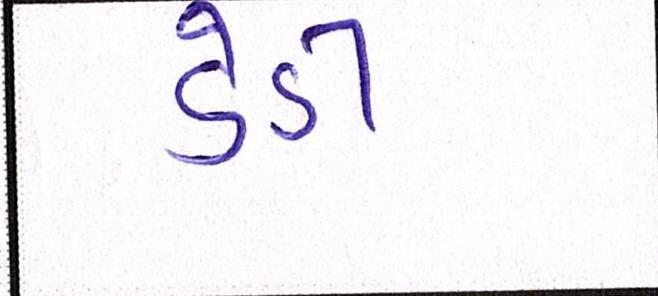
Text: ડેડી